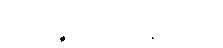
အာကိဉ္စညာယတန ဈာန်မှ